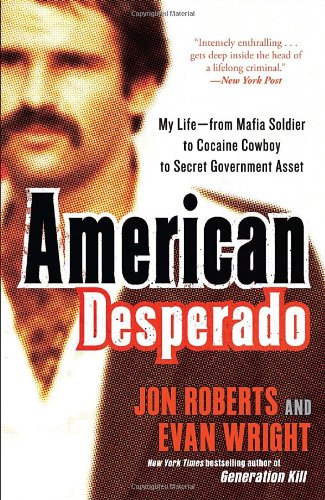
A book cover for American Desperado: My Life--From Mafia Soldier to Cocaine Cowboy to Secret Government Asset; Jon Roberts; Biographies & Memoirs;